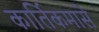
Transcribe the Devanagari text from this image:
कार्तिकमासे